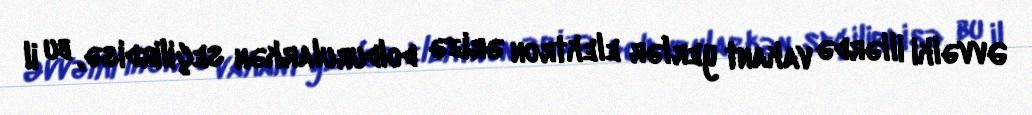
Əvvəlki illərdə vakant yerlər elektron ərizə doldurularkən seçilirdisə, bu il